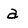
Character: a